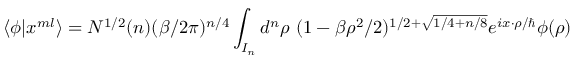
\langle \phi | x ^ { m l } \rangle = N ^ { 1 / 2 } ( n ) ( \beta / 2 \pi ) ^ { n / 4 } \int _ { I _ { n } } d ^ { n } \rho ~ ( 1 - \beta \rho ^ { 2 } / 2 ) ^ { 1 / 2 + \sqrt { 1 / 4 + n / 8 } } e ^ { i x \cdot \rho / \hbar } \phi ( \rho )